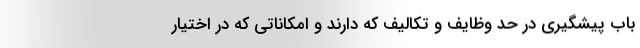
باب پیشگیری در حد وظایف و تکالیف که دارند و امکاناتی که در اختیار